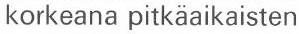
korkeana pitkäaikaisten